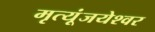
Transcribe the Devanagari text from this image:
मृत्यूंजयेश्वर